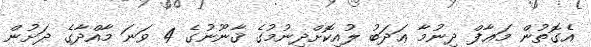
އެގޮތުން މަޢާފް ދިނުމާ ޢަދަބު ލުއިކޮށްދިނުމުގެ ޤާނޫނުގެ 4 ވަނަ މާއްދާގެ ދަށުން